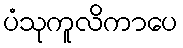
ပံသုကူလိကာပေ